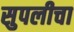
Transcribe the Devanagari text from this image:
सुपलीचा